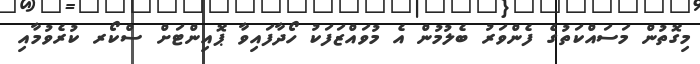
މިގޮތުން މަސައްކަތުގެ ފެންވަރު ބެލުމުން އެ މުވައްޒަފަކު ހޯދާފައިވާ ޕޮއިންޓަށް ސްކޯރ ކުރެވުމާއި